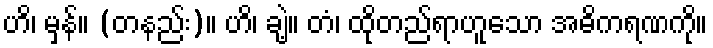
ဟိ၊ မှန်။ (တနည်း)။ ဟိ၊ ချဲ့။ တံ၊ ထိုတည်ရာဟူသော အဓိကရဏကို။